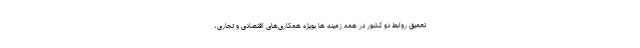
تعمیق روابط دو کشور در همه زمینه ها بویژه همکاری‌های اقتصادی و تجاری،